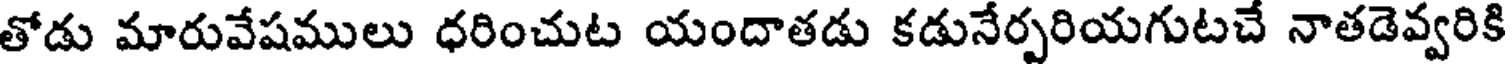
తోడు మారువేషములు ధరించుట యందాతడు కడునేర్పరియగుటచే నాతడెవ్వరికి